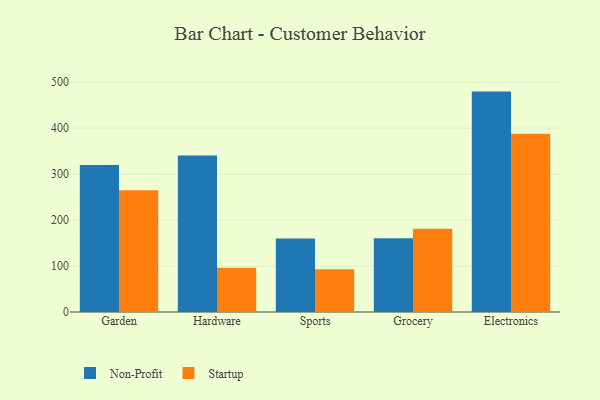
{"axis": {"x": "Category", "y": "Active Users"}, "legend": ["Non-Profit", "Startup"], "data": [{"x": "Garden", "y": 319.9, "type": "Non-Profit"}, {"x": "Garden", "y": 264.7, "type": "Startup"}, {"x": "Hardware", "y": 340.4, "type": "Non-Profit"}, {"x": "Hardware", "y": 96.5, "type": "Startup"}, {"x": "Sports", "y": 159.8, "type": "Non-Profit"}, {"x": "Sports", "y": 93.2, "type": "Startup"}, {"x": "Grocery", "y": 160.7, "type": "Non-Profit"}, {"x": "Grocery", "y": 181.0, "type": "Startup"}, {"x": "Electronics", "y": 479.5, "type": "Non-Profit"}, {"x": "Electronics", "y": 387.6, "type": "Startup"}]}